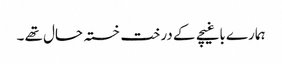
ہمارے باغیچے کے درخت خستہ حال تھے ۔